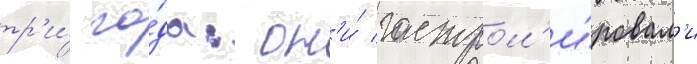
тр'и́ го́да: он'и́ гастрол'и́ровал'и